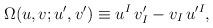
LaTeX: \begin{align*}\Omega(u,v;u',v') \equiv u^I\,v'_I - v_I\, u^{\prime I},\end{align*}